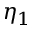
\eta _ { 1 }